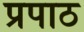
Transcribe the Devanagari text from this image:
प्रपाठ